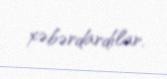
xəbərdardılar.